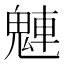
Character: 𩳛